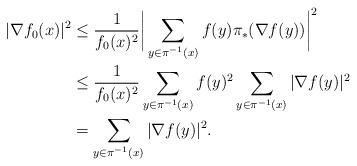
LaTeX: \begin{align*} |\nabla f_0(x)|^2 &\le \frac{1}{f_0(x)^2}\bigg|\sum_{y\in\pi^{-1}(x)}f(y)\pi_*(\nabla f(y)) \bigg|^2\\ &\le \frac{1}{f_0(x)^2} \sum_{y\in\pi^{-1}(x)}f(y)^2\sum_{y\in\pi^{-1}(x)}|\nabla f(y)|^2 \\ &= \sum_{y\in\pi^{-1}(x)}|\nabla f(y)|^2.\end{align*}